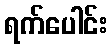
ရက်ပေါင်း